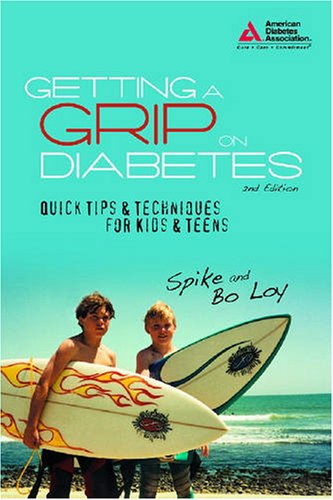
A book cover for Getting a Grip on Diabetes: Quick Tips & Techniques for Kids and Teens; Spike Nasmyth Loy; Health, Fitness & Dieting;